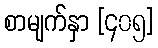
စာမျက်နှာ [၄၀၅]